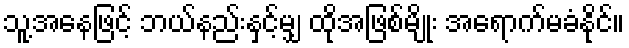
သူ့အနေဖြင့် ဘယ်နည်းနှင့်မျှ ထိုအဖြစ်မျိုး အရောက်မခံနိုင်။